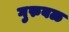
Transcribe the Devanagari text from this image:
गुरुबळ